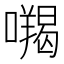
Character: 𭌅